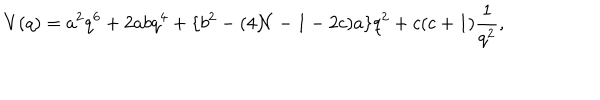
LaTeX: V ( q ) = a ^ { 2 } q ^ { 6 } + 2 a b q ^ { 4 } + \{ b ^ { 2 } - ( 4 { \cal N } - 1 - 2 c ) a \} q ^ { 2 } + c ( c + 1 ) \frac { 1 } { q ^ { 2 } } ,